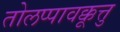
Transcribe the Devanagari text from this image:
तोलप्पावक्कूत्तु